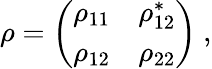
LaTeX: \rho=\left(\begin{array}{cc}{{\rho_{11}}}&{{\rho_{12}^{*}}}\\ {{\rho_{12}}}&{{\rho_{22}}}\end{array}\right)\ ,